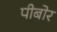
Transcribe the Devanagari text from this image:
पीबोर